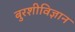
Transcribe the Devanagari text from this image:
बुरशीविज्ञान